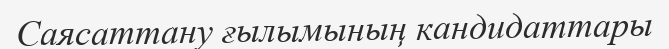
Саясаттану ғылымының кандидаттары